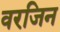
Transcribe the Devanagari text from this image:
वरजिन